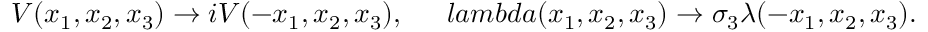
V ( x _ { 1 } , x _ { 2 } , x _ { 3 } ) \rightarrow i V ( - x _ { 1 } , x _ { 2 } , x _ { 3 } ) , \ \ \ \ \, l a m b d a ( x _ { 1 } , x _ { 2 } , x _ { 3 } ) \rightarrow \sigma _ { 3 } \lambda ( - x _ { 1 } , x _ { 2 } , x _ { 3 } ) .